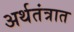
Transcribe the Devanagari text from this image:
अर्थतंत्रात